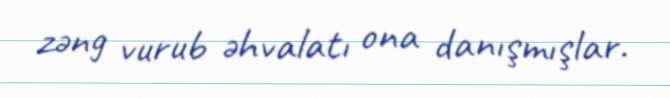
zəng vurub əhvalatı ona danışmışlar.